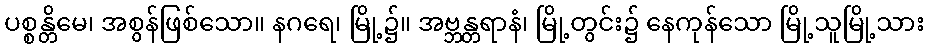
ပစ္စန္တိမေ၊ အစွန်ဖြစ်သော။ နဂရေ၊ မြို့၌။ အဗ္ဘန္တရာနံ၊ မြို့တွင်း၌ နေကုန်သော မြို့သူမြို့သား